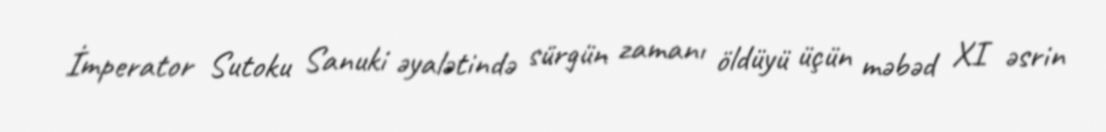
İmperator Sutoku Sanuki əyalətində sürgün zamanı öldüyü üçün məbəd XI əsrin